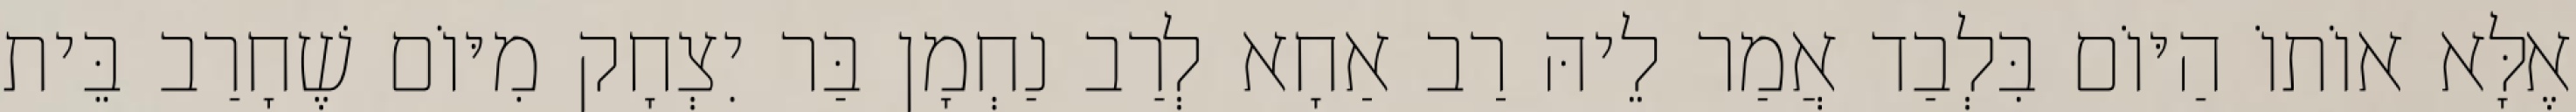
אֶלָּא אוֹתוֹ הַיּוֹם בִּלְבַד אֲמַר לֵיהּ רַב אַחָא לְרַב נַחְמָן בַּר יִצְחָק מִיּוֹם שֶׁחָרַב בֵּית